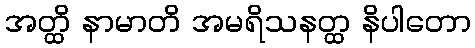
အတ္ထိ နာမာတိ အမရိသနတ္ထ နိပါတော